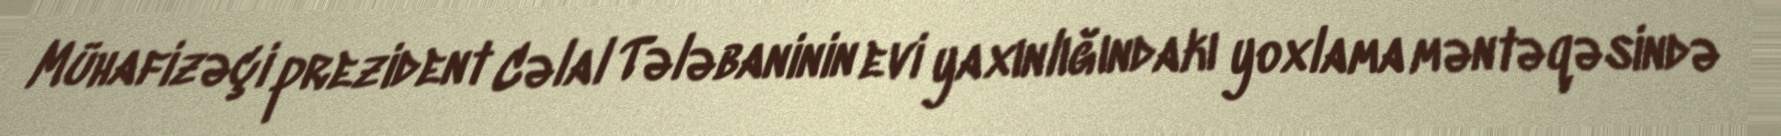
Mühafizəçi prezident Cəlal Tələbaninin evi yaxınlığındakı yoxlama məntəqəsində